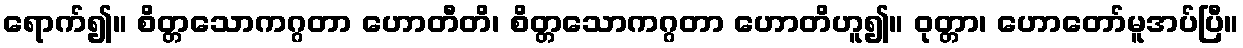
ရောက်၍။ စိတ္တသောကဂ္ဂတာ ဟောတီတိ၊ စိတ္တသောကဂ္ဂတာ ဟောတိဟူ၍။ ဝုတ္တာ၊ ဟောတော်မူအပ်ပြီ။